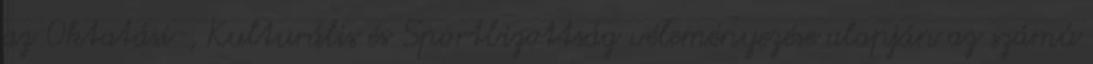
az Oktatási-, Kulturális és Sportbizottság véleményezése alapján az számú